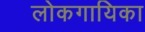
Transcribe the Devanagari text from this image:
लोकगायिका